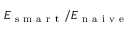
E _ { \mathrm { ~ s ~ m ~ a ~ r ~ t ~ } } / E _ { \mathrm { ~ n ~ a ~ i ~ v ~ e ~ } }